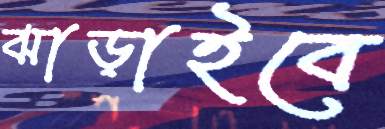
ঝাড়াইবে